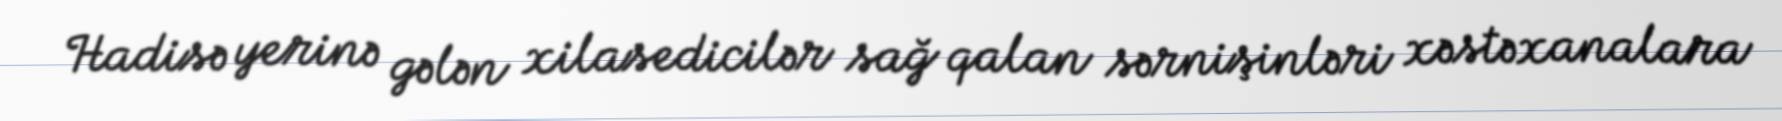
Hadisə yerinə gələn xilasedicilər sağ qalan sərnişinləri xəstəxanalara